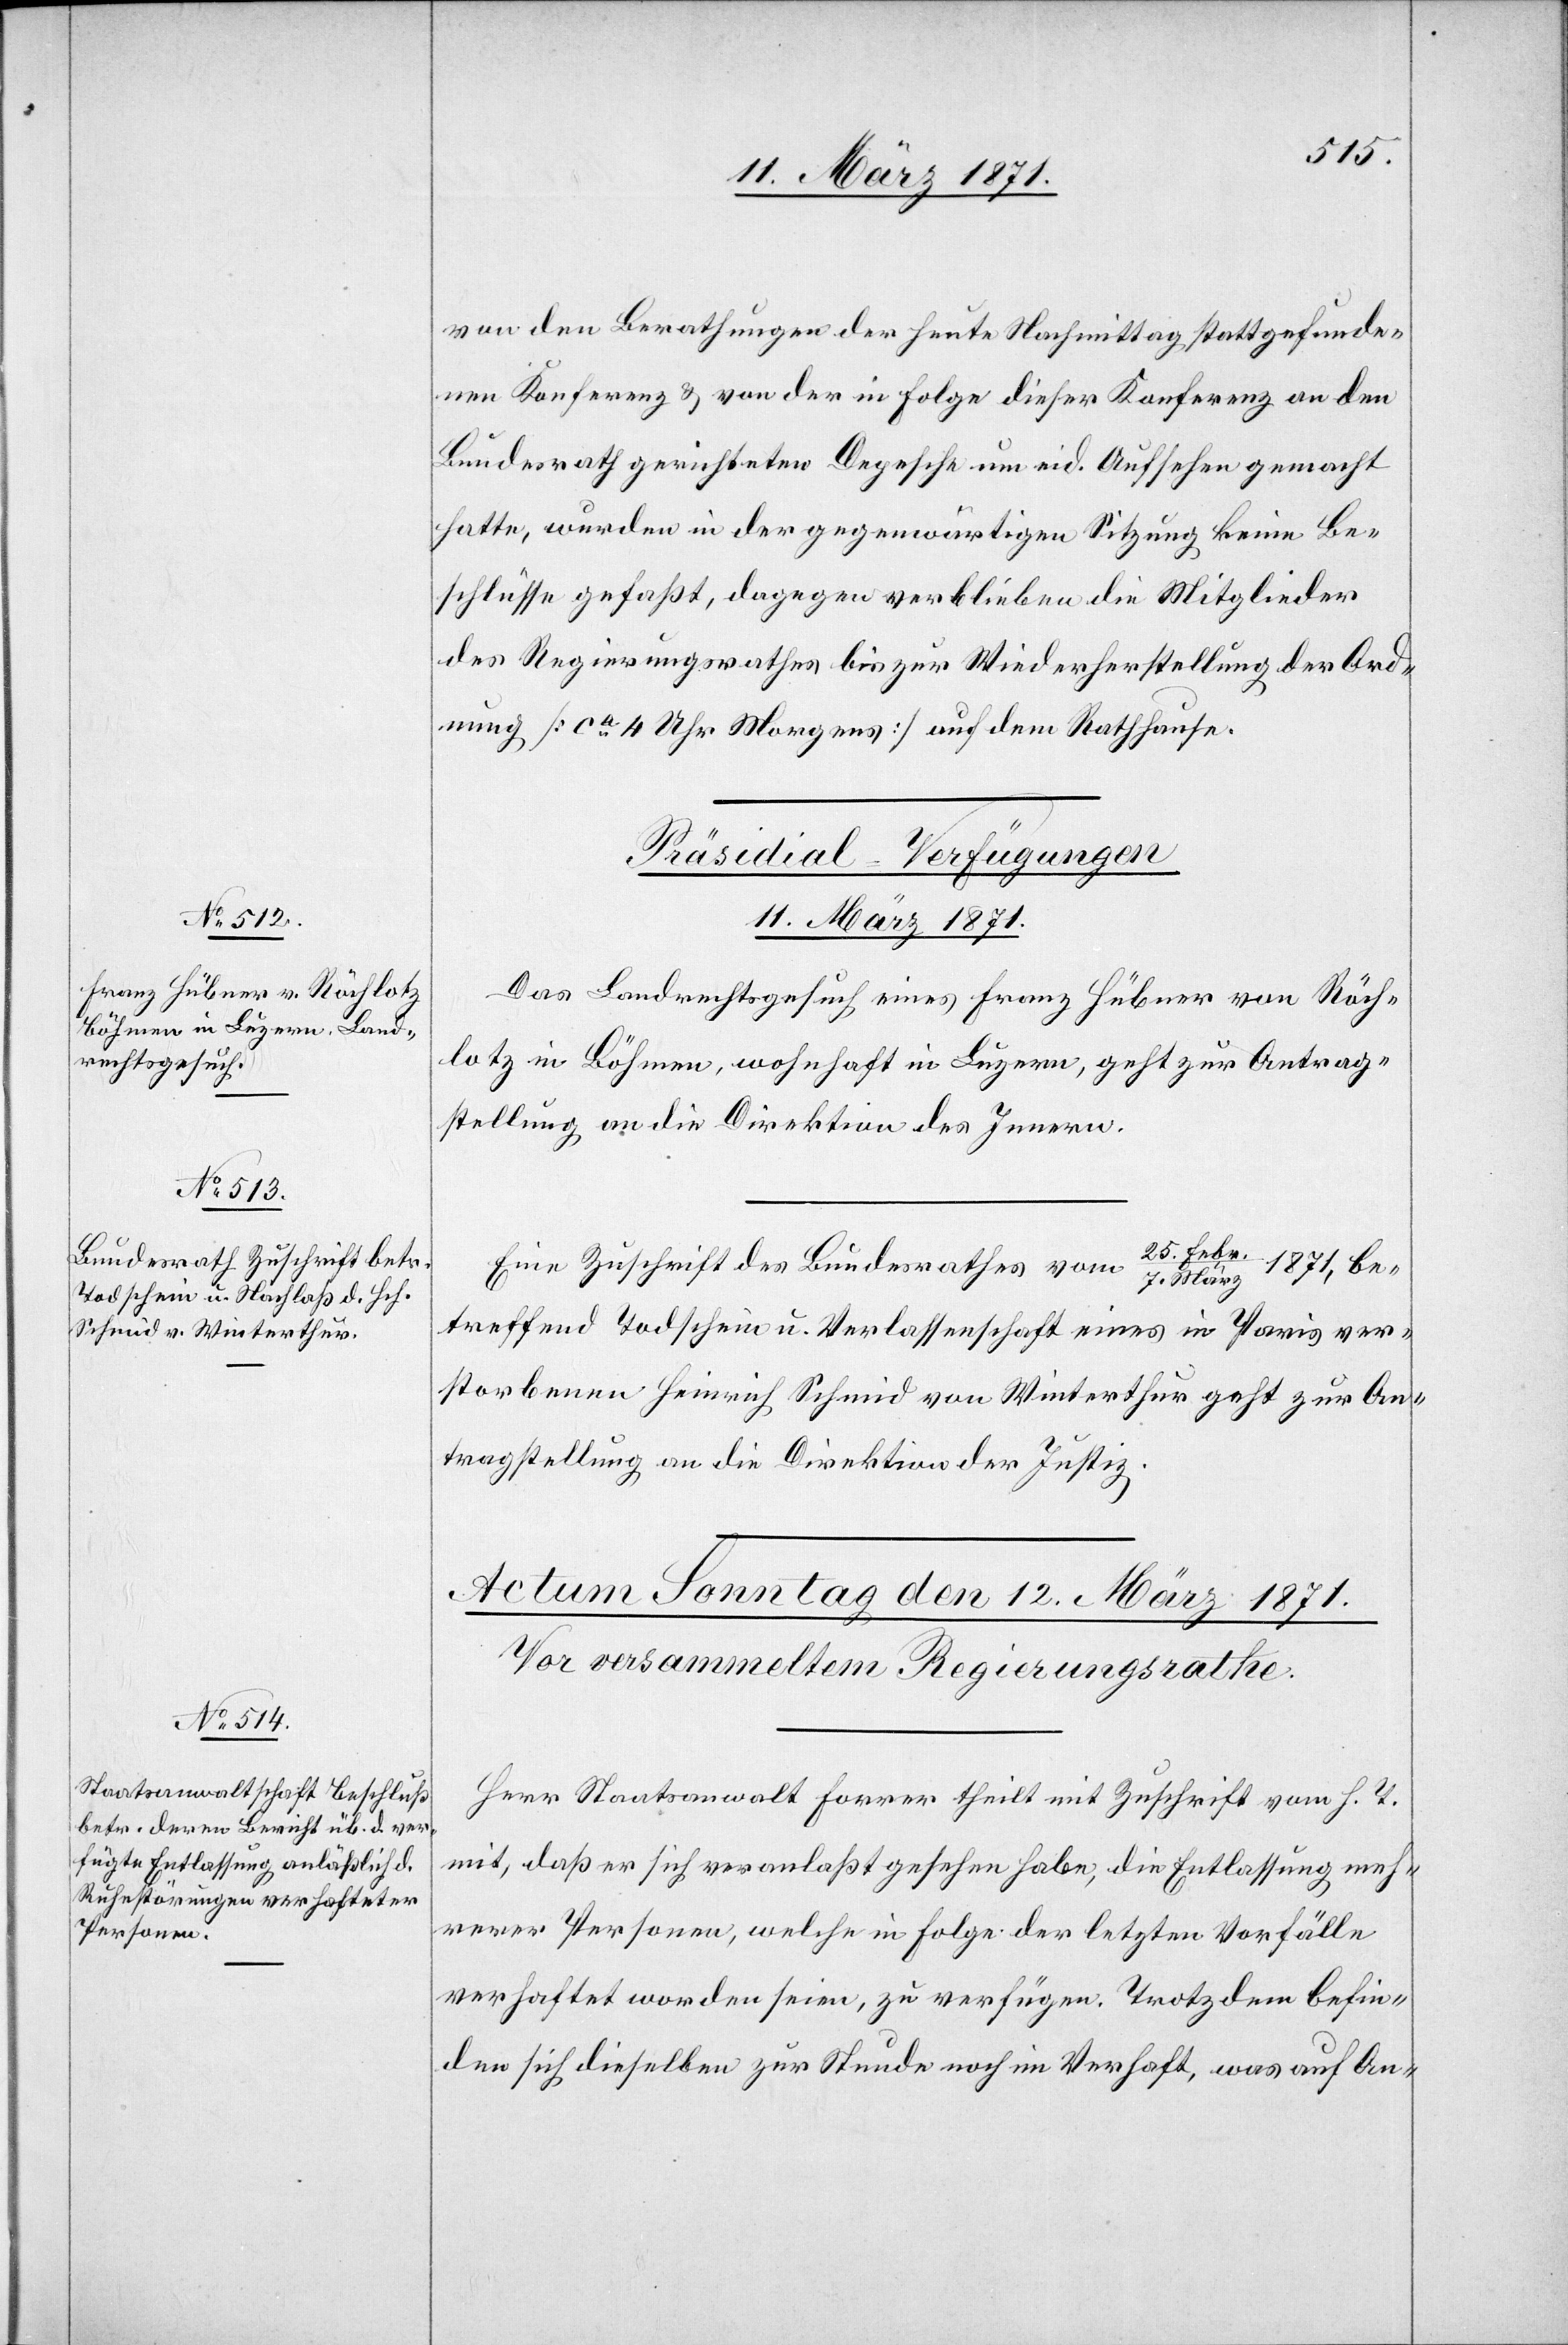
11. März 1871.]
von den Berathungen der heute Nachmittag stattgefunde¬
nen Konferenz u. von der in Folge dieser Konferenz an den
Bundesrath gerichteten Depesche um eid. aufsehen gemacht
hatte, wurden in der gegenwärtigen Sitzung keine Be¬
schlüsse gefaßt, dagegen verblieben die Mitglieder
des Regierungsrathes bis zur Wiederherstellung der Ord¬
nung [ca. 4 Uhr Morgens] auf dem Rathhause.
[Präsidial-Verfügungen
11. März 1871.
Das Landrechtsgesuch eines Franz Hübner von Röch¬
lotz in Böhmen, wohnhaft in Luzern, geht zur Antrag¬
stellung an die Direktion des Innern.
25. Febr./7.
Eine Zuschrift des Bundesrathes vom
1871, be¬
treffend Todschein u. Verlassenschaft eines in Paris ver¬
storbenen Heinrich Schmid von Winterthur geht zur An¬
tragstellung an die Direktion der Justiz.
Herr Staatsanwalt Forrer theilt mit Zuschrift vom h. T.
mit, daß er sich veranlaßt gesehen habe, die Entlassung meh¬
rerer Personen, welche in Folge der letzten Vorfälle
verhaftet worden seien, zu verfügen. Trotzdem befin¬
den sich dieselben zur Stunde noch im Verhaft, was auf An-